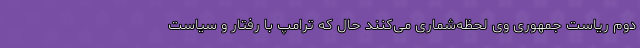
دوم ریاست جمهوری وی لحظه‌شماری می‌کنند حال که ترامپ با رفتار و سیاست